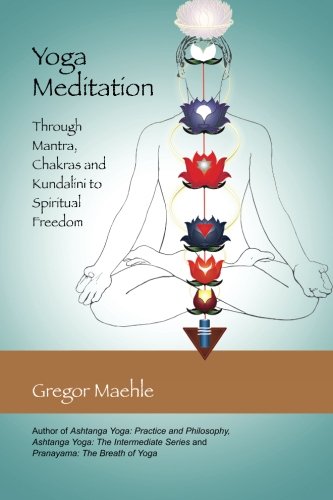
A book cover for Yoga Meditation: Through Mantra, Chakras and Kundalini to Spiritual Freedom; Gregor Maehle; Religion & Spirituality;